Report of the Indian Hemp Drugs Commission, 1894-1895 - Volume I
Year: 1894
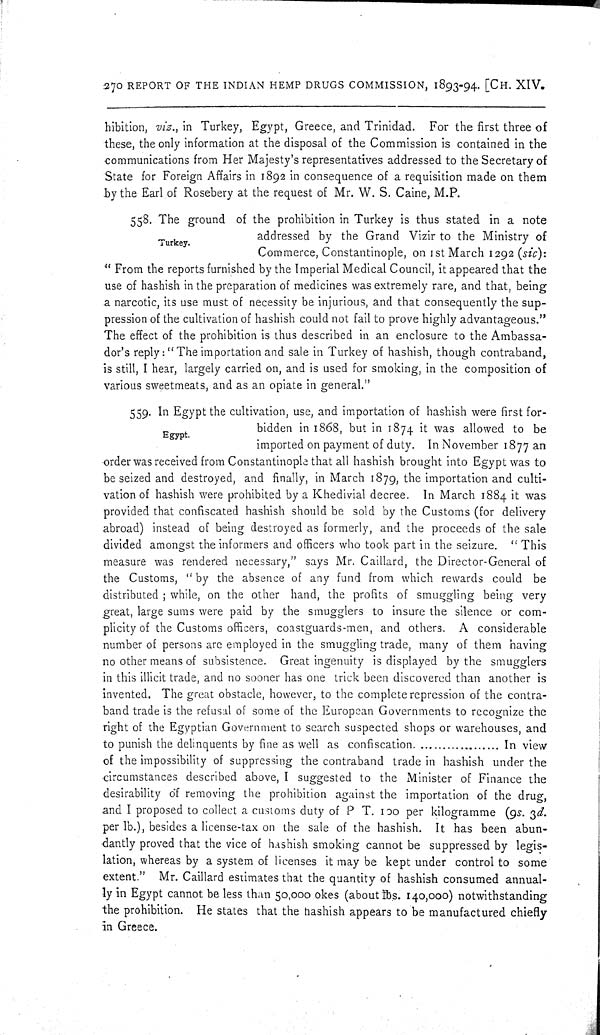
270 REPORT OF THE INDIAN HEMP DRUGS COMMISSION, 1893-94. [CH. XIV.
hibition, viz., in Turkey, Egypt, Greece, and Trinidad. For the first three of
these, the only information at the disposal of the Commission is contained in the
communications from Her Majesty's representatives addressed to the Secretary of
State for Foreign Affairs in 1892 in consequence of a requisition made on them
by the Earl of Rosebery at the request of Mr. W. S. Caine, M.P.
Turkey.
558. The ground of the prohibition in Turkey is thus stated in a note
addressed by the Grand Vizir to the Ministry of
Commerce, Constantinople, on 1st March 1292 (sic):
"From the reports furnished by the Imperial Medical Council, it appeared that the
use of hashish in the preparation of medicines was extremely rare, and that, being
a narcotic, its use must of necessity be injurious, and that consequently the sup-
pression of the cultivation of hashish could not fail to prove highly advantageous."
The effect of the prohibition is thus described in an enclosure to the Ambassa-
dor's reply: "The importation and sale in Turkey of hashish, though contraband,
is still, I hear, largely carried on, and is used for smoking, in the composition of
various sweetmeats, and as an opiate in general."
Egypt.
559. In Egypt the cultivation, use, and importation of hashish were first for-
bidden in 1868, but in 1874 it was allowed to be
imported on payment of duty. In November 1877 an
order was received from Constantinople that all hashish brought into Egypt was to
be seized and destroyed, and finally, in March 1879, the importation and culti-
vation of hashish were prohibited by a Khedivial decree. In March 1884 it was
provided that confiscated hashish should be sold by the Customs (for delivery
abroad) instead of being destroyed as formerly, and the proceeds of the sale
divided amongst the informers and officers who took part in the seizure. "This
measure was rendered necessary," says Mr. Caillard, the Director-General of
the Customs, "by the absence of any fund from which rewards could be
distributed; while, on the other hand, the profits of smuggling being very
great, large sums were paid by the smugglers to insure the silence or com-
plicity of the Customs officers, coastguards-men, and others. A considerable
number of persons are employed in the smuggling trade, many of them having
no other means of subsistence. Great ingenuity is displayed by the smugglers
in this illicit trade, and no sooner has one trick been discovered than another is
invented. The great obstacle, however, to the complete repression of the contra-
band trade is the refusal of some of the European Governments to recognize the
right of the Egyptian Government to search suspected shops or warehouses, and
to punish the delinquents by fine as well as confiscation
In view
of the impossibility of suppressing the contraband trade in hashish under the
circumstances described above, I suggested to the Minister of Finance the
desirability of removing the prohibition against the importation of the drug,
and I proposed to collect a customs duty of P T. 100 per kilogramme (9s. 3d.
per lb.), besides a license-tax on the sale of the hashish. It has been abun-
dantly proved that the vice of hashish smoking cannot be suppressed by legis-
lation, whereas by a system of licenses it may be kept under control to some
extent." Mr. Caillard estimates that the quantity of hashish consumed annual-
ly in Egypt cannot be less than 50,000 okes (about lbs. 140,000) notwithstanding
the prohibition. He states that the hashish appears to be manufactured chiefly
in Greece.